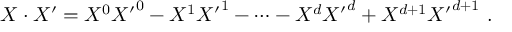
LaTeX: X \cdot X ^ { \prime } = { X ^ { 0 } } { X ^ { \prime } } ^ { 0 } - { X ^ { 1 } } { X ^ { \prime } } ^ { 1 } - \cdots - { X ^ { d } } { X ^ { \prime } } ^ { d } + X ^ { d + 1 } { X ^ { \prime } } ^ { d + 1 } \ .